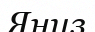
Яниз